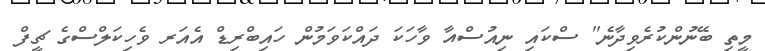
މީތި ބޭނުންކުރެވިދާނެ" ސްކައި ނިއުސްއާ ވާހަކަ ދައްކަވަމުން ހައިބްރިޑް އެއަރ ވެހިކަލްސްގެ ޗީފް